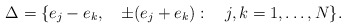
\begin{align*}\Delta=\{e_{j}-e_{k},\quad \pm(e_j+e_k) :\quad j,k=1,\ldots,N \}. \end{align*}